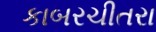
કાબરચીતરા